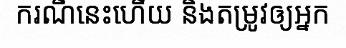
ករណីនេះហើយ និងតម្រូវឲ្យអ្នក